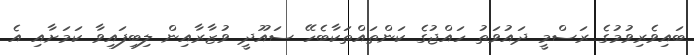
ބައިވެރިވުމުގެ ރަސްމީ ދައުވަތު ހައްޖުގެ ކަންތައްތަކާބެހޭ ސައޫދީ ވުޒާރާއިން ލިބިފައިވާ ކަމަށާއި އެ